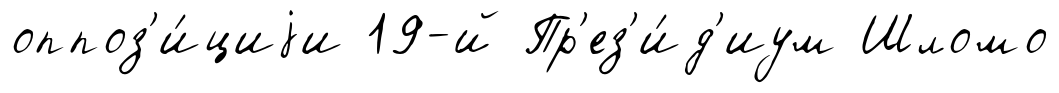
оппоз'и́циjи 19-й Пр'ез'и́д'иум Шломо